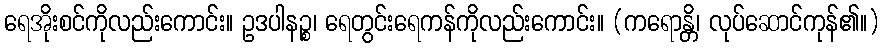
ရေအိုးစင်ကိုလည်းကောင်း။ ဥဒပါနဉ္စ၊ ရေတွင်းရေကန်ကိုလည်းကောင်း။ (ကရောန္တိ၊ လုပ်ဆောင်ကုန်၏။)